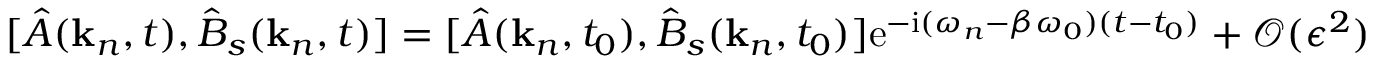
\begin{array} { r } { [ \hat { A } ( \mathbf { k } _ { n } , t ) , \hat { B } _ { s } ( \mathbf { k } _ { n } , t ) ] = [ \hat { A } ( \mathbf { k } _ { n } , t _ { 0 } ) , \hat { B } _ { s } ( \mathbf { k } _ { n } , t _ { 0 } ) ] \mathrm { e } ^ { - \mathrm { i } ( \omega _ { n } - \beta \omega _ { 0 } ) ( t - t _ { 0 } ) } + \mathcal { O } ( \epsilon ^ { 2 } ) . } \end{array}